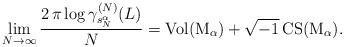
LaTeX: \begin{align*}\lim_{N\to\infty}\frac{2\, \pi \log \gamma_{s_N^{\alpha}}^{(N)}(L)}{N} = \rm{Vol}(M_\alpha) + \sqrt{-1}\,\rm{CS}(M_\alpha).\end{align*}